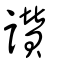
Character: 讃